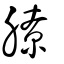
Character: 膫